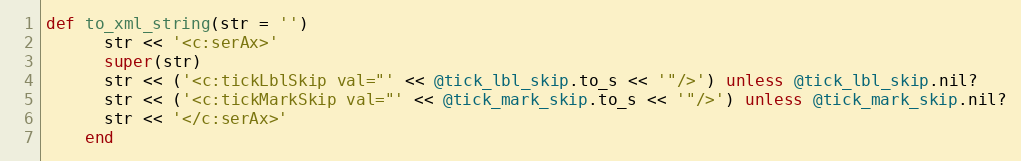
Language: Ruby
def to_xml_string(str = '')
      str << '<c:serAx>'
      super(str)
      str << ('<c:tickLblSkip val="' << @tick_lbl_skip.to_s << '"/>') unless @tick_lbl_skip.nil?
      str << ('<c:tickMarkSkip val="' << @tick_mark_skip.to_s << '"/>') unless @tick_mark_skip.nil?
      str << '</c:serAx>'
    end